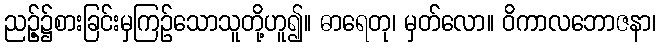
ညဉ့်၌စားခြင်းမှကြဉ်သောသူတို့ဟူ၍။ ဓာရေတု၊ မှတ်လော။ ဝိကာလဘောဇနာ၊